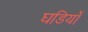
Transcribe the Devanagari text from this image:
घडियाँ